Vaccination in Burma 1920-1933 - 1920-1933
Year: 1920
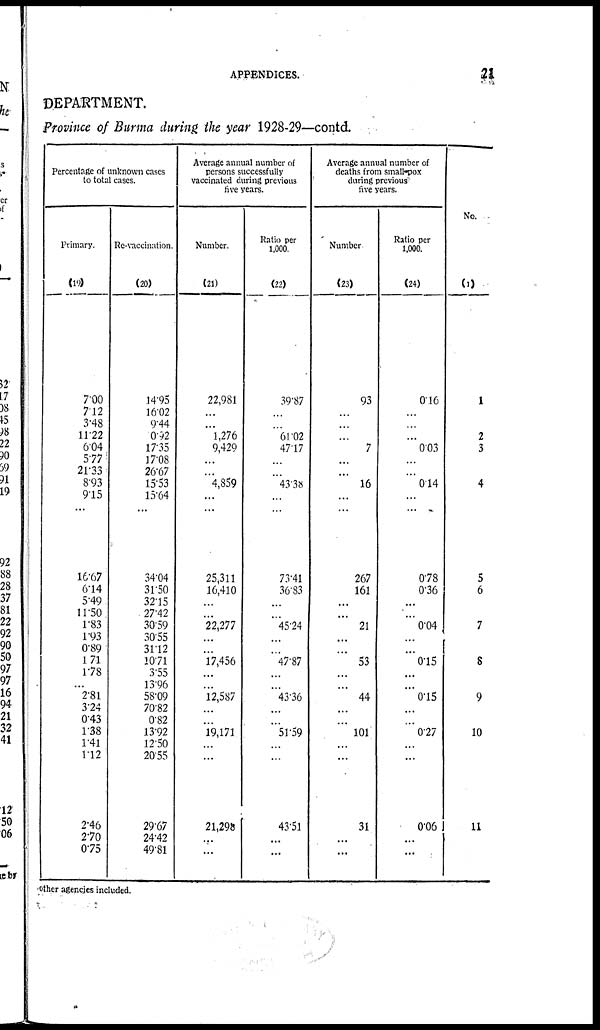
APPENDICES.
21
DEPARTMENT.
Province of Burma during the year 1928-29—contd.
Percentage of unknown cases
to total cases.
Primary.
(19)
7.00
7.12
3.48
11.22
6.04
5.77
21.33
8.93
9.15
...
16.67
6.14
5.49
11.50
1.83
1.93
0.89
1.71
1.78
...
2.81
3.24
0.43
1.38
1.41
1.12
2.46
2.70
0.75
Re-vaccination.
(20)
14.95
16.02
9.44
0.92
17.35
17.08
26.67
15.53
15.64
...
34.04
31.50
32.15
27.42
30.59
30.55
31.12
10.71
3.55
13.96
58.09
70.82
0.82
13.92
12.50
20.55
29.67
24.42
49.81
Average annual number of
persons successfully
vaccinated during previous
five years.
Number.
(21)
22,981
...
...
1,276
9,429
...
...
4,859
...
...
25,311
16,410
...
...
22,277
...
...
17,456
...
...
12,587
...
...
19,171
...
...
21,298
...
...
Ratio per
1,000.
(22)
39.87
...
...
61.02
47.17
...
...
43.38
...
...
73.41
36.83
...
...
45.24
...
...
47.87
...
...
43.36
...
...
51.59
...
...
43.51
...
...
Average annual number of
deaths from small-pox
during previous
five years.
Number
(23)
93
...
...
...
7
...
...
16
...
...
267
161
...
...
21
...
...
53
...
...
44
...
...
101
...
...
31
...
...
Ratio per
1,000.
(24)
0.16
...
...
...
0.03
...
...
0.14
...
...
0.78
0.36
...
...
0.04
...
...
0.15
...
...
0.15
...
...
0.27
...
...
0.06
...
...
No.
(1)
1
2
3
4
5
6
7
8
9
10
11
other agencies included.